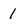
Character: 1